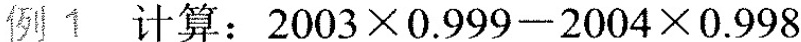
例 1 计算：$$2 0 0 3 \times 0 . 9 9 9 - 2 0 0 4 \times 0 . 9 9 8$$